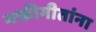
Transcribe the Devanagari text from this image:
भक्तीगीतांना